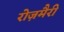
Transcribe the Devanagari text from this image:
रोज़मैरी